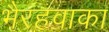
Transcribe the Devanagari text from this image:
भैरहवाका